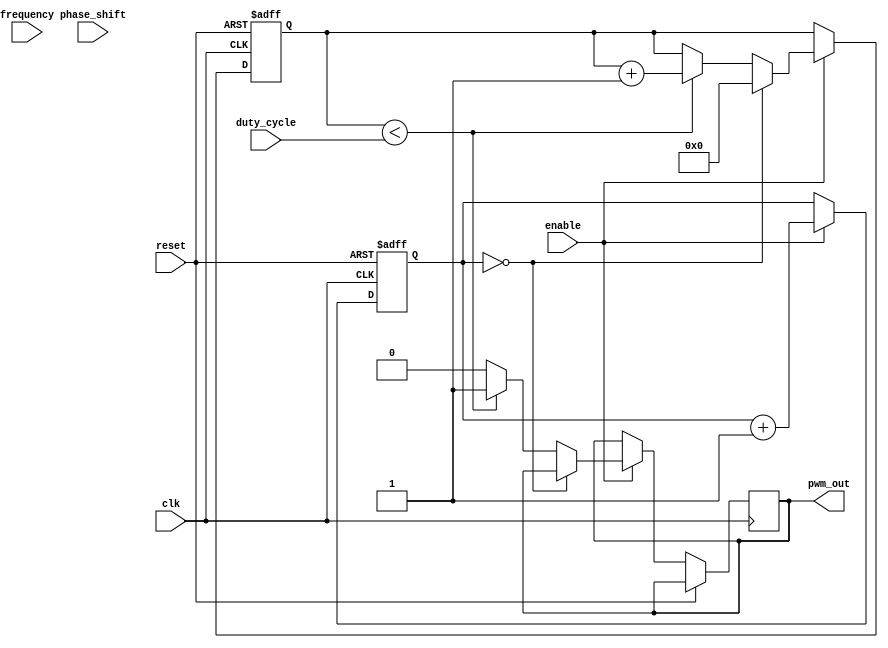
module PWM_Pulse_Generator(
    input wire clk,
    input wire reset,
    input wire enable,
    input wire [7:0] duty_cycle,
    input wire [7:0] frequency,
    input wire [7:0] phase_shift,
    output reg pwm_out
);

reg [15:0] counter = 16'b0;
reg [7:0] duty_count = 8'b0;
reg [7:0] freq_count = 8'b0;
reg [7:0] phase_count = 8'b0;

always @(posedge clk or posedge reset) begin
    if (reset) begin
        counter <= 16'b0;
        duty_count <= 8'b0;
        freq_count <= 8'b0;
        phase_count <= 8'b0;
    end else if (enable) begin
        counter <= counter + 1;
        if (counter == 16'b0) begin
            duty_count <= 8'b0;
            freq_count <= 8'b0;
            phase_count <= 8'b0;
        end else begin
            if (duty_count < duty_cycle) begin
                pwm_out <= 1;
                duty_count <= duty_count + 1;
            end else begin
                pwm_out <= 0;
            end

            if (freq_count < frequency) begin
                freq_count <= freq_count + 1;
            end else begin
                freq_count <= 8'b0;
            end

            if (phase_count < phase_shift) begin
                phase_count <= phase_count + 1;
            end else begin
                phase_count <= 8'b0;
            end
        end
    end
end

endmodule